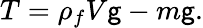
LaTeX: T=\rho_{f}V\mathsf{g}-m\mathsf{g}.